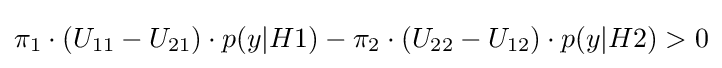
\pi _{1}\cdot (U_{11}-U_{21})\cdot p(y|H1)-\pi _{2}\cdot (U_{22}-U_{12})\cdot p(y|H2)>0